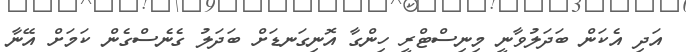
އަދި އެކަން ބަދަލުވާނީ މިނިސްޓްރީ ހިންގާ އޮނިގަނޑަށް ބަދަލު ގެނެސްގެން ކަމަށް އޭނާ